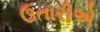
ઉતારીએ